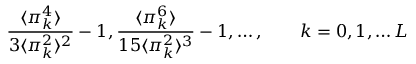
{ \frac { \langle \pi _ { k } ^ { 4 } \rangle } { 3 \langle \pi _ { k } ^ { 2 } \rangle ^ { 2 } } } - 1 , { \frac { \langle \pi _ { k } ^ { 6 } \rangle } { 1 5 \langle \pi _ { k } ^ { 2 } \rangle ^ { 3 } } } - 1 , \ldots , \qquad k = 0 , 1 , \ldots L